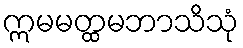
ဣမမတ္ထမဘာသိသုံ